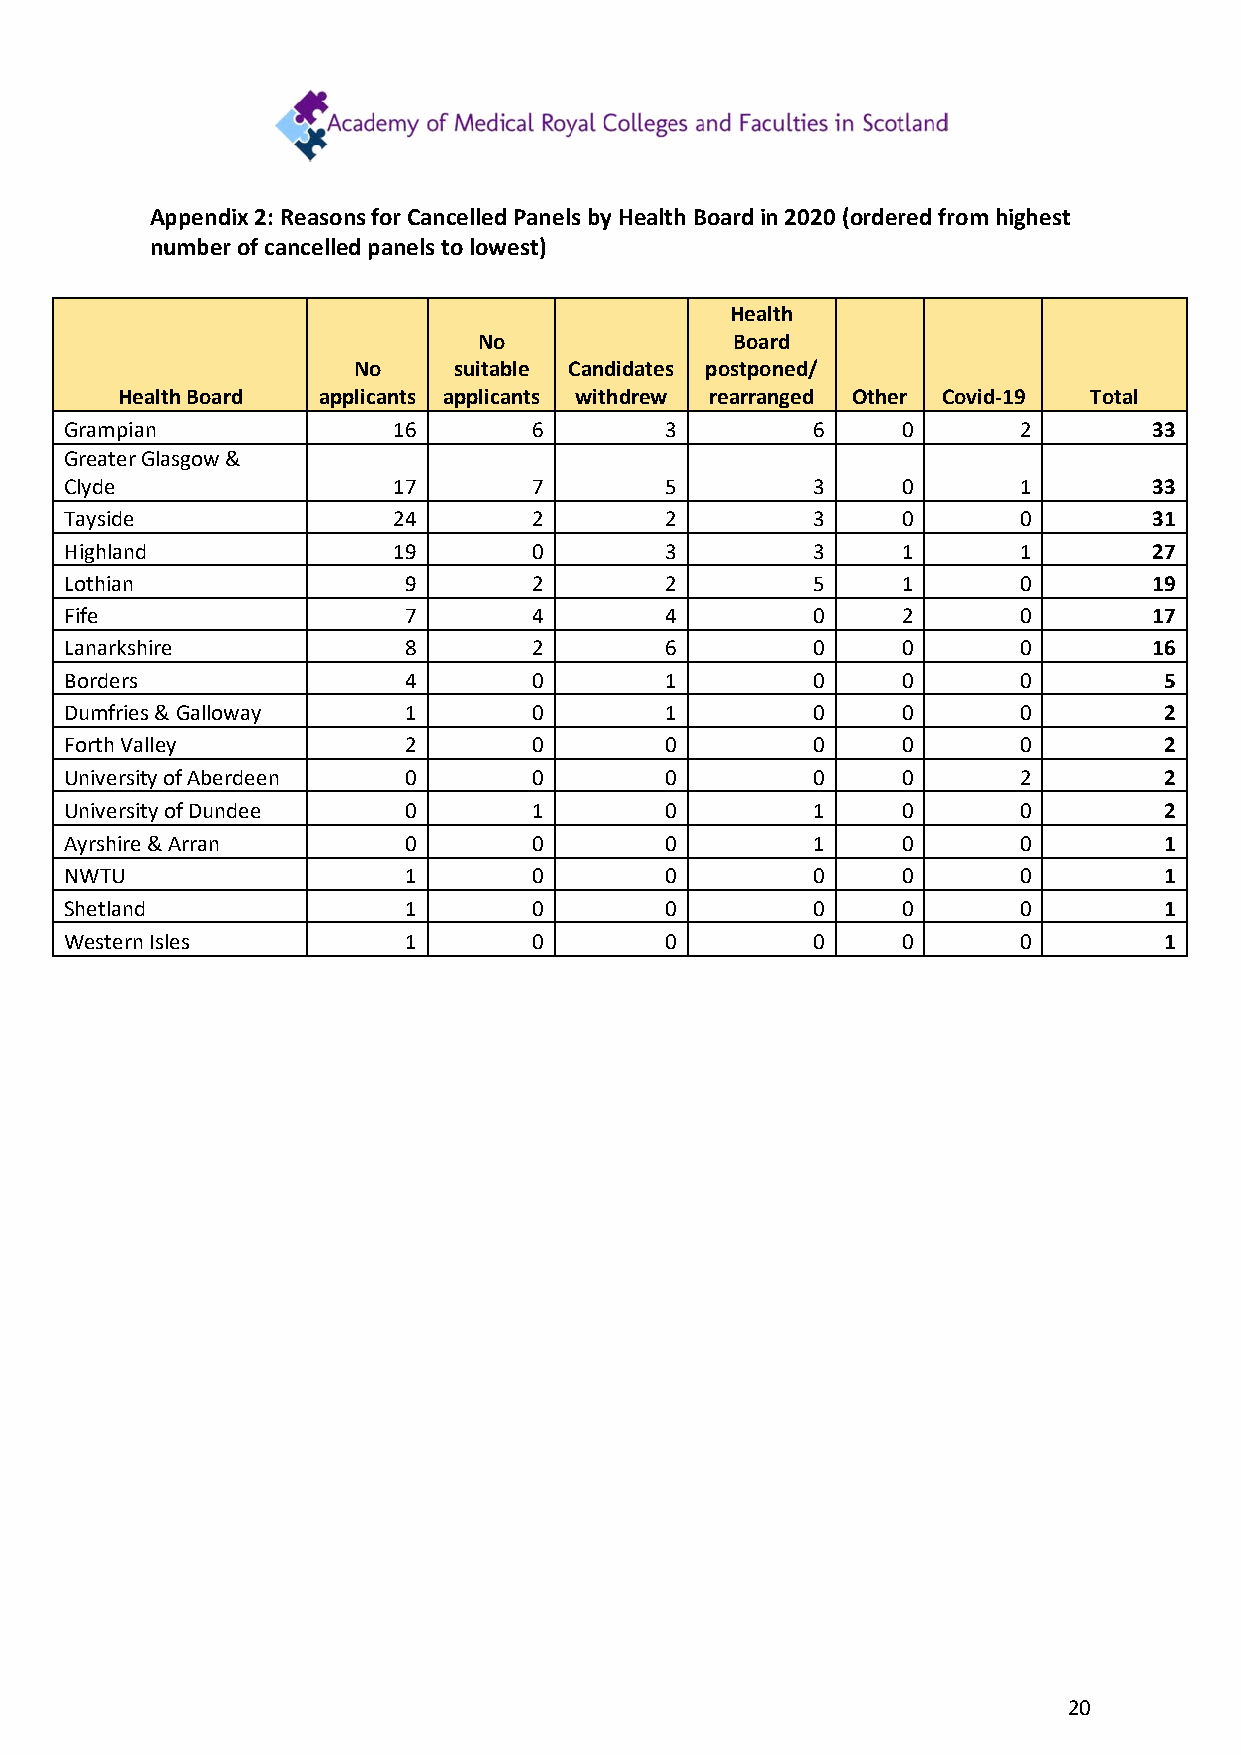
Appendix 2: Reasons for Cancelled Panels by Health Board in 2020 (ordered from highest
 number of cancelled panels to lowest)
 Health
 No               Board
 No     suitable Candidates postponed/
 Health Board applicants applicants withdrew rearranged Other Covid-19 Total
 Grampian              16       6        3         6     0      2        33
 Greater Glasgow &
 Clyde                 17       7        5         3     0      1        33
 Tayside               24       2        2         3     0      0        31
 Highland              19       0        3         3     1      1        27
 Lothian                9       2        2         5     1      0        19
 Fife                   7       4        4         0     2      0        17
 Lanarkshire            8       2        6         0     0      0        16
 Borders                4       0        1         0     0      0         5
 Dumfries & Galloway    1       0        1         0     0      0         2
 Forth Valley           2       0        0         0     0      0         2
 University of Aberdeen 0       0        0         0     0      2         2
 University of Dundee   0       1        0         1     0      0         2
 Ayrshire & Arran       0       0        0         1     0      0         1
 NWTU                   1       0        0         0     0      0         1
 Shetland               1       0        0         0     0      0         1
 Western Isles          1       0        0         0     0      0         1
 20